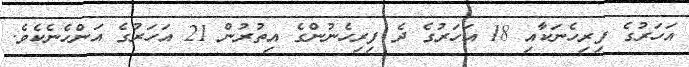
އަހަރުގެ ފިރިހެނަކާއި 18 އަހަރުގެ ދެ ފިރިހެނުންގެ އިތުރުން 21 އަހަރުގެ އަންހެނެކެވެ.